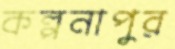
কল্পনাপুর